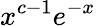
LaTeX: {x^{c-1}}e^{-x}